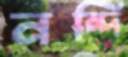
নন্দি